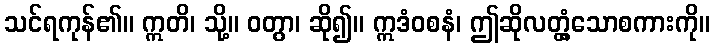
သင်ရကုန်၏။ ဣတိ၊ သို့။ ဝတွာ၊ ဆို၍။ ဣဒံဝစနံ၊ ဤဆိုလတ္တံ့သောစကားကို။